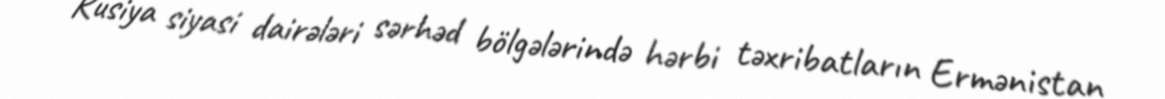
Rusiya siyasi dairələri sərhəd bölgələrində hərbi təxribatların Ermənistan